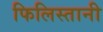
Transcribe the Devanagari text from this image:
फिलिस्तानी